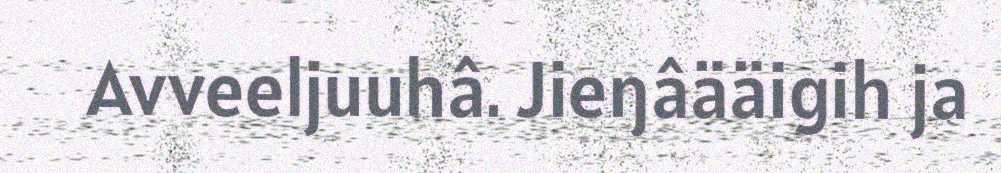
Avveeljuuhâ. Jieŋâääigih ja